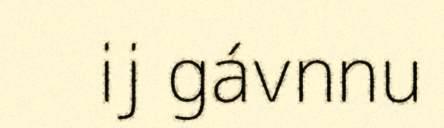
ij gávnnu